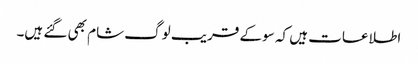
اطلاعات ہیں کہ سو کے قریب لوگ شام بھی گئے ہیں۔